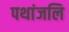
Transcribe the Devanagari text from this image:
पथांजलि